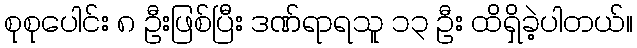
စုစုပေါင်း ၈ ဦးဖြစ်ပြီး ဒဏ်ရာရသူ ၁၃ ဦး ထိရှိခဲ့ပါတယ်။